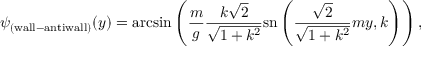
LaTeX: \psi _ { \mathrm { ( w a l l - a n t i w a l l ) } } ( y ) = \mathrm { a r c s i n } \left( { \frac { m } { g } } \frac { k \sqrt 2 } { \sqrt { 1 + k ^ { 2 } } } \mathrm { s n } \left( { \frac { \sqrt 2 } { \sqrt { 1 + k ^ { 2 } } } } m y , k \right) \right) ,